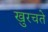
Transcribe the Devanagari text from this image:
खुरचते